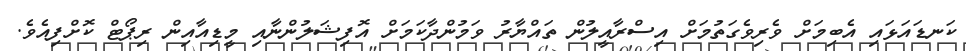
ކަނޑައަޅައި އެބިމަށް ވެރިވެގަތުމަށް އިސްރާއީލުން ތައްޔާރު ވަމުންދާކަމަށް އޮފިޝަލުންނާއި މީޑިއާއިން ރިޕޯޓް ކޮށްފިއެވެ.